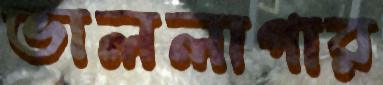
ভাললাগার